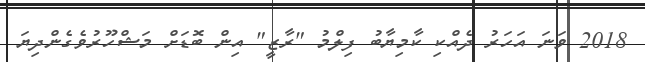
2018 ވަނަ އަހަރު ދެއްކި ކާމިޔާބު ފިލްމު "ރާޒީ" އިން ބޮޑަށް މަޝްހޫރުވެގެންދިޔަ